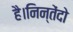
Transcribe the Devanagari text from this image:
है।निन्तेंदो